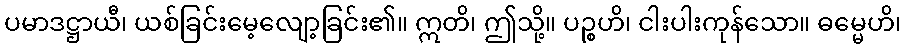
ပမာဒဋ္ဌာယီ၊ ယစ်ခြင်းမေ့လျော့ခြင်း၏။ ဣတိ၊ ဤသို့။ ပဉ္စဟိ၊ ငါးပါးကုန်သော။ ဓမ္မေဟိ၊